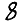
Digit: 8